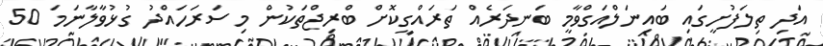
އަދި ތިލަފުށީގައި ބައިނަލްއަގްވާމީ ބަނދަރެއް ތަރައްގީކޮށް ބްރިޖްތަކުން މި ސަރަހައްދު ގުޅުވާލާނަމަ 50